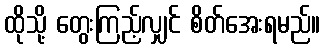
ထိုသို့ တွေးကြည့်လျှင် စိတ်အေးရမည်။